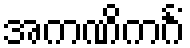
အကဏိကင်္ဂံ